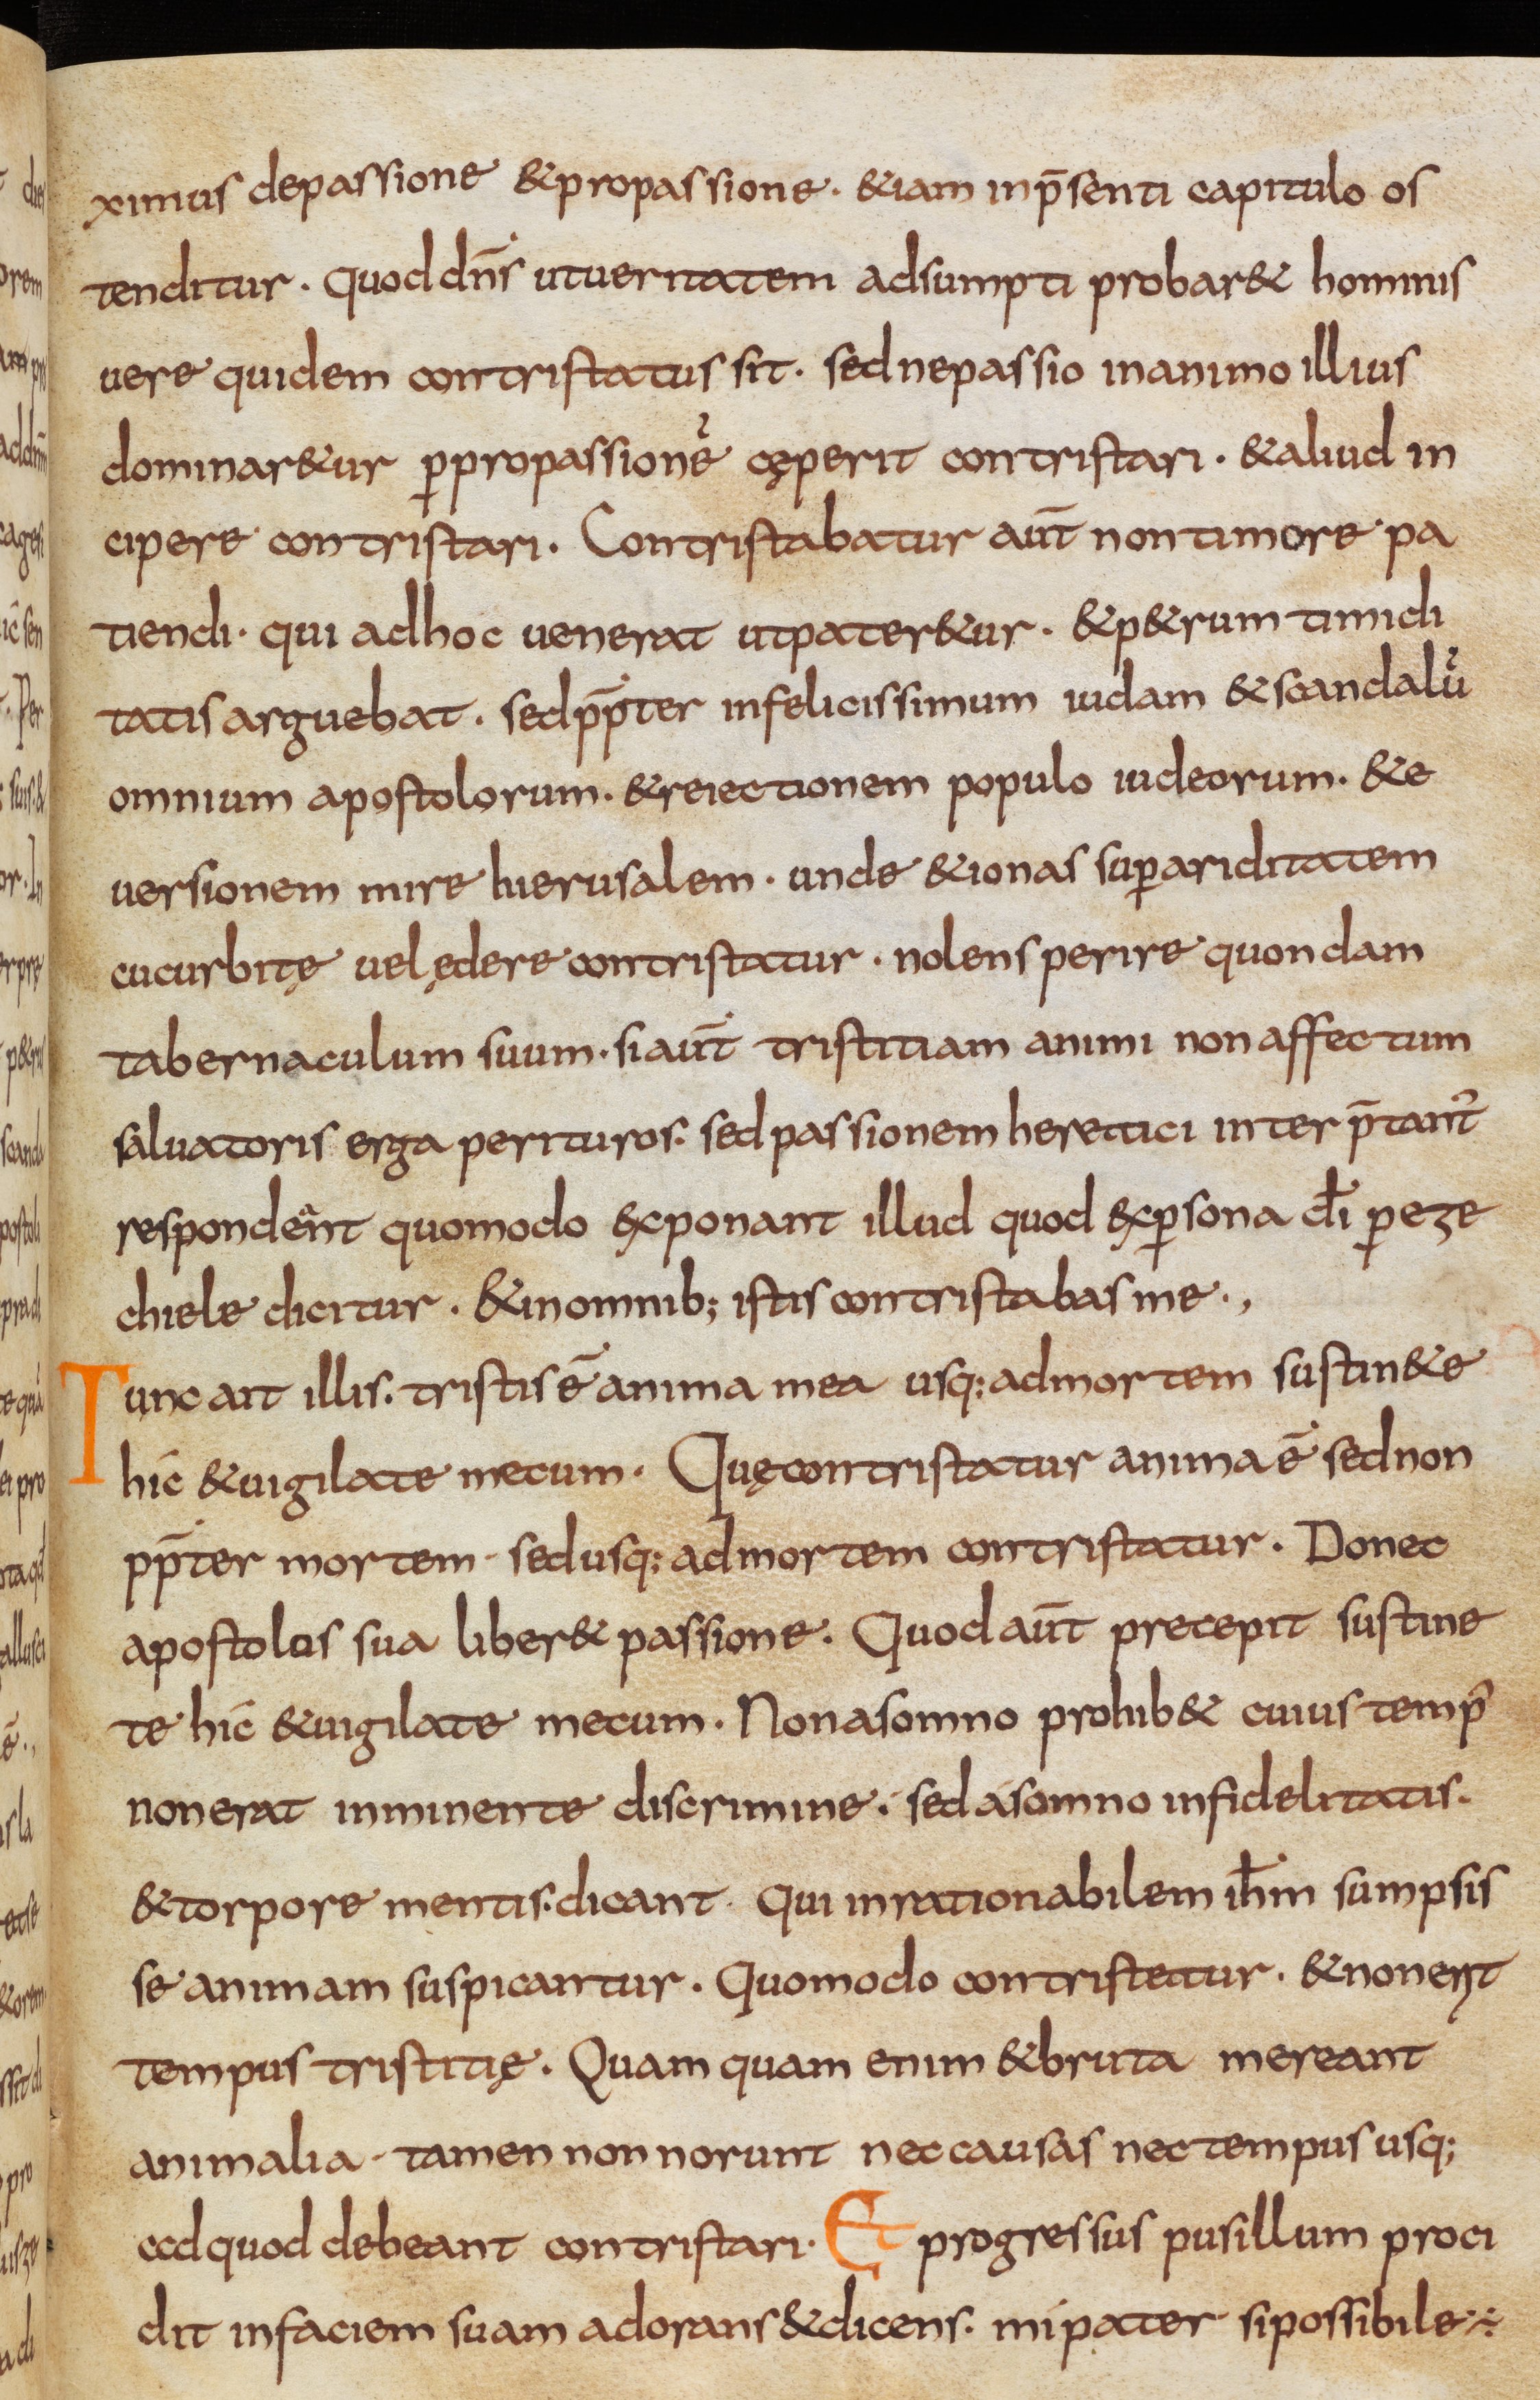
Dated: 800–832